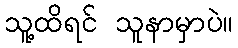
သူ့ထိရင် သူနာမှာပဲ။